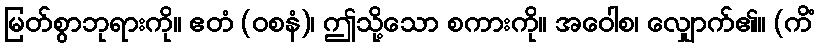
မြတ်စွာဘုရားကို။ ဧတံ (ဝစနံ)၊ ဤသို့သော စကားကို။ အဝေါစ၊ လျှောက်၏။ (ကိံ